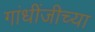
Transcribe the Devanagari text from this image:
गांधींजीच्या